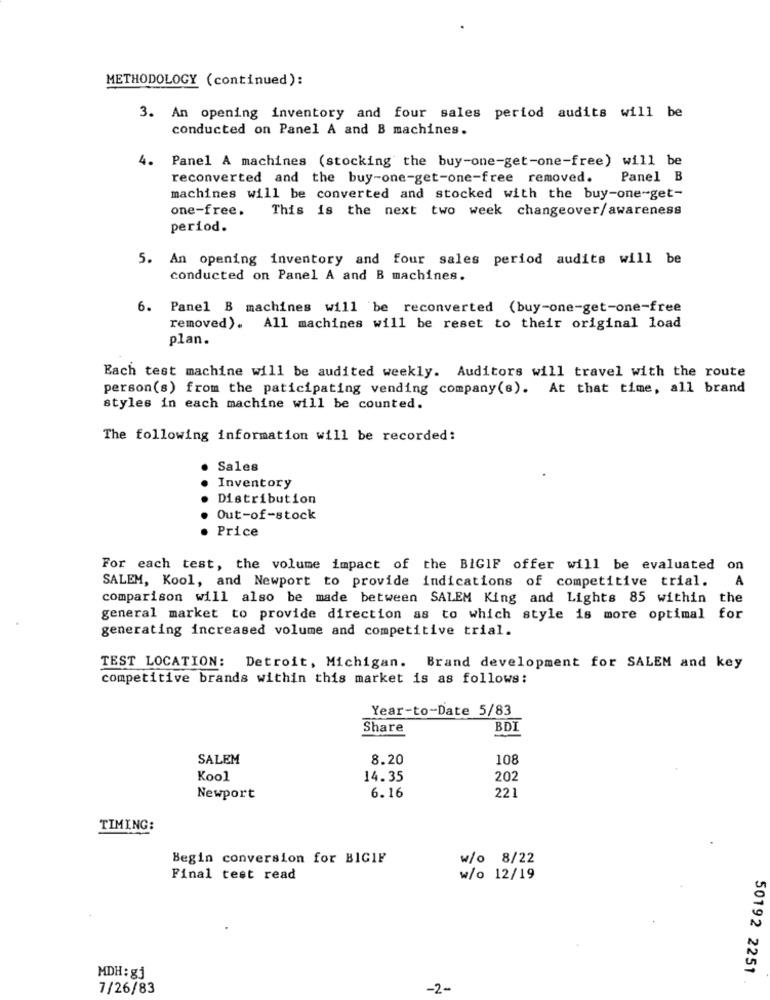
METHODOLOGY (continued):
3. An opening inventory and four sales period audits will be
conducted on Panel A and B machines.
4. Panel A machines (stocking the buy-one-get-one-free) will be
reconverted and the buy-one-get-one-free removed.
Panel B
machines will be converted and stocked with the buy-one-get-
one-free.
This is the next two week changeover/ awareness
period.
5. An opening inventory and four sales period audits will be
conducted on Panel A and B machines.
6. Panel B machines will be reconverted (buy-one-get-one-free
removed). All machines will be reset to their original load
plan.
Each test machine will be audited weekly. Auditors will travel with the route
person(s) from the paticipating vending company(s). At that time, all brand
styles in each machine will be counted.
The following information will be recorded:
Sales
Inventory
Distribution
Out-of-stock
Price
For each test, the volume impact of the BIGIF offer will be evaluated
on
A
SALEM, Kool, and Newport to provide indications of competitive trial.
comparison will also be made between SALEM King and Lights 85 within the
general market to provide direction as to which style is more optimal for
generating increased volume and competitive trial.
TEST LOCATION: Detroit, Michigan. Brand development for SALEM and key
competitive brands within this market is as follows:
Year-to-Date 5/83
Share
BDI
SALEM
8.20
108
Kool
14.35
202
Newport
6.16
221
TIMING:
Begin conversion for BIGIF
w/o 8/22
Final test read
w/o 12/19
50192 2251
MDH: gj
7/26/83
-2-